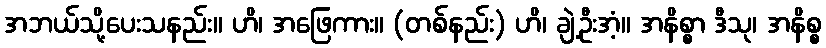
အဘယ်သို့ပေးသနည်း။ ဟိ၊ အဖြေကား။ (တစ်နည်း) ဟိ၊ ချဲ့ဦးအံ့။ အနိစ္စာ ဒီသု၊ အနိစ္စ